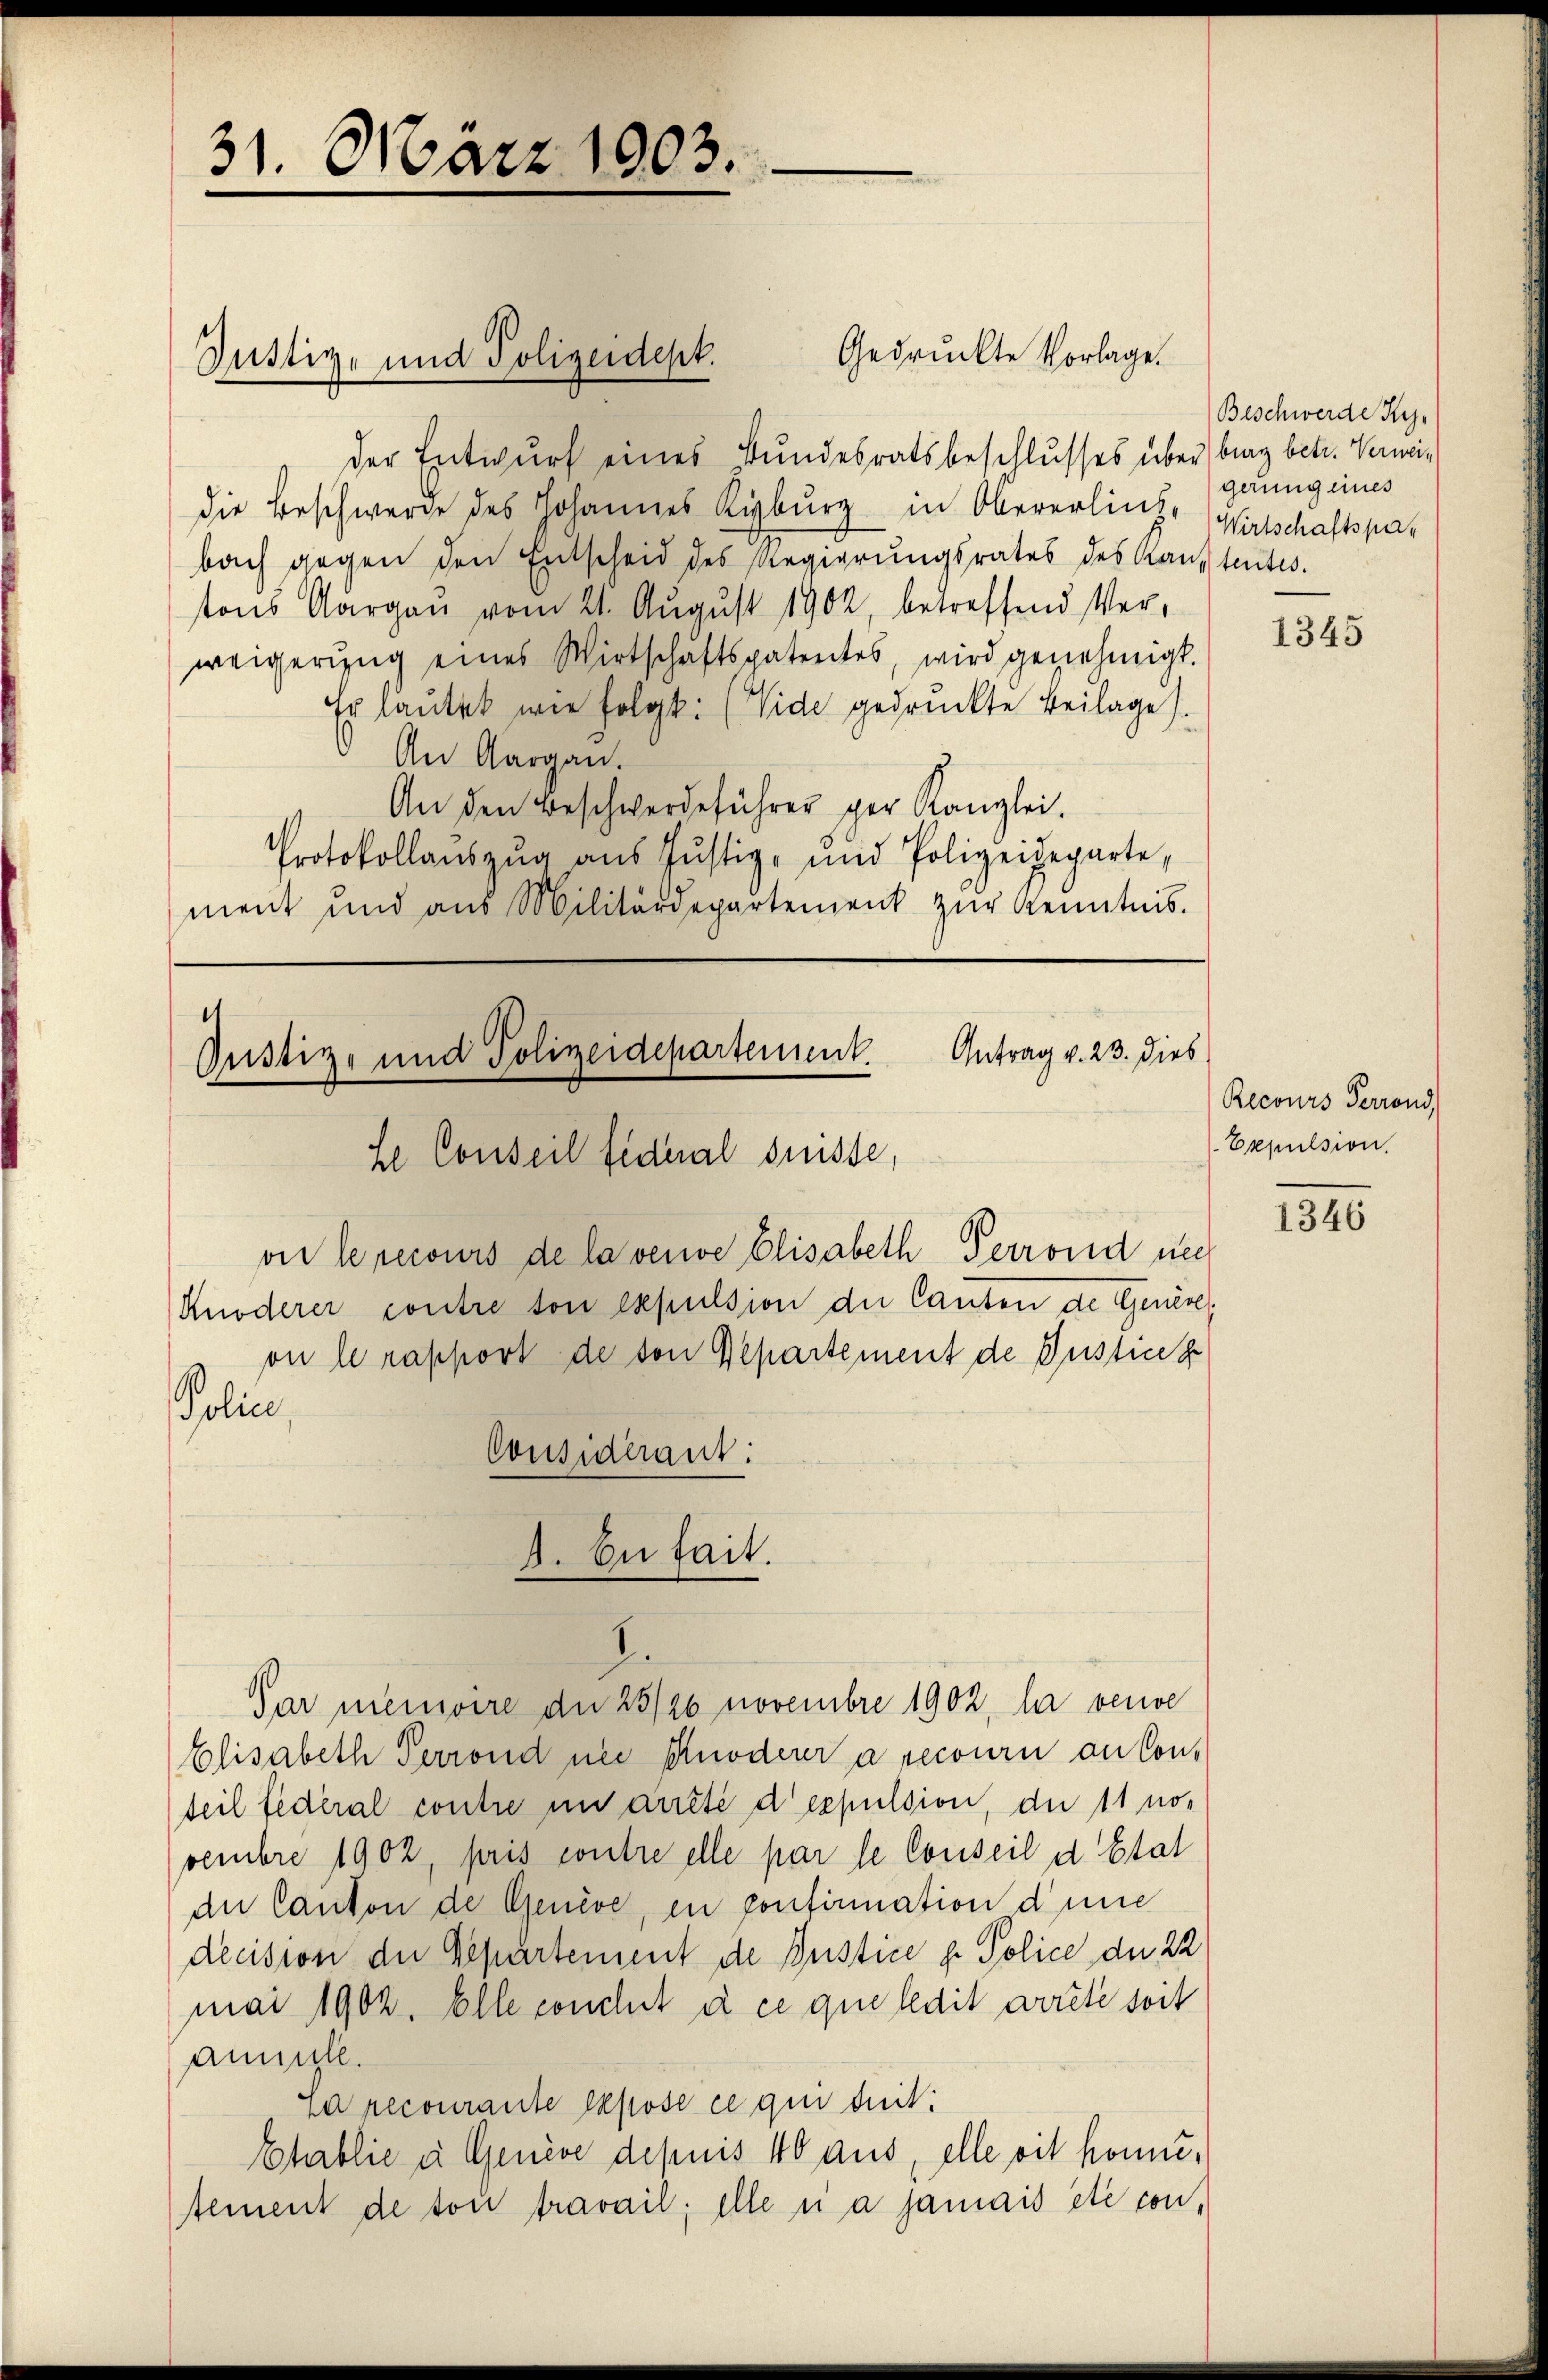
31. März 1903.

Justiz- und Polizeidept.

der Entwurf eines Bundesratsbeschlusses über brag betr. Verweidie Beschwerde des Johannes Kyburg in Obererliche Wirtschaftspabach gegen den Entscheid des Regierŭngsrates des Kantentes.
tons Aargau vom 21. August 1902, betreffend Ver-
weigerŭng eines Wirtschaftspatentes, wird genehmigt.
Er lautet wie folgt: (Vide gedruckte Beilage).
An Aargau.
An den Beschwerdeführer per Kanzlei.
Protokollaŭszŭg ans Justiz- und Polizeideparte,
ment und aus Militärdepartement zŭr Kenntnis.

11
Gustiz- und Polizeidepartement
he Conseil fideral Suisse,
vir le recours de la vende Elisabeth Perrond nich

Knoderer contre son expulsion der Canton de Genève,
on le rapport de von Departement de Justice ge
Police,
Considerant:

4. Du fait.
1

Gedruckte Vorlage.

Par meinvere de 25/26 novembre 1902, la veuve
Elisabeth Perrond nie Knödener a recourni an Conteil fédéral contre in arrêté d’expulsion, die 11 no-
vembre 1902 pris contre elle par le Conseil d Etat
an Canton de Genève, en confirmation d’une
decision der Repartement de Justice ge. Police der 22
mai 1902. Elle concht de ce que ledit arrête seit
annule.
na recourante Expose ce qui suit:
Etablie u. Genève depuis 40 aus, elle vit konntement de son fravail; elle si a jamais été con¬

Antrag v. 23. Dieb

Beschwerde Ky
gerung eines

1345

Recours Perrond,
Expulsion.

1346